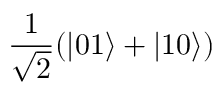
\frac { 1 } { \sqrt { 2 } } ( | 0 1 \rangle + | 1 0 \rangle )